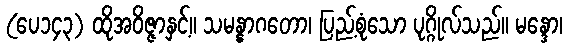
(ပေ၁၄၃) ထိုအဝိဇ္ဇာနှင့်။ သမန္နာဂတော၊ ပြည့်စုံသော ပုဂ္ဂိုလ်သည်။ မန္ဒော၊